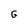
Character: G